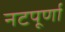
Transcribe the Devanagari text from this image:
नटपूर्णा